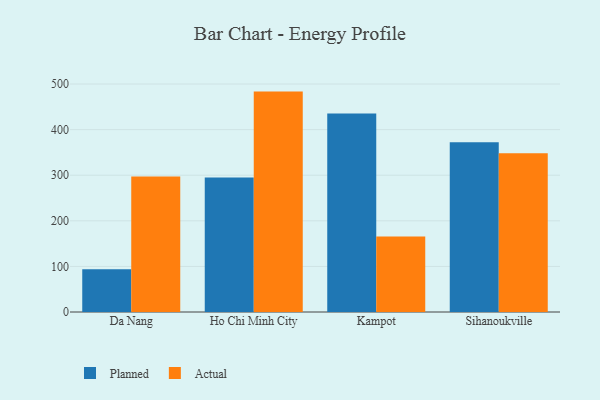
{"axis": {"x": "City", "y": "Bounce Rate (%)"}, "legend": ["Actual", "Planned"], "data": [{"x": "Da Nang", "y": 93.9, "type": "Planned"}, {"x": "Da Nang", "y": 297.2, "type": "Actual"}, {"x": "Ho Chi Minh City", "y": 295.1, "type": "Planned"}, {"x": "Ho Chi Minh City", "y": 483.4, "type": "Actual"}, {"x": "Kampot", "y": 435.5, "type": "Planned"}, {"x": "Kampot", "y": 165.4, "type": "Actual"}, {"x": "Sihanoukville", "y": 372.2, "type": "Planned"}, {"x": "Sihanoukville", "y": 348.1, "type": "Actual"}]}